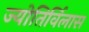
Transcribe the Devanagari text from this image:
ज्योतिर्विलास